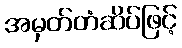
အမှတ်တံဆိပ်ဖြင့်